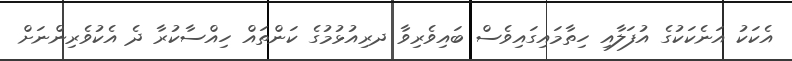
އެކަކު އަނެކަކުގެ އުފަލާއި ހިތާމައިގައިވެސް ބައިވެރިވާ ދރިއުޅުމުގެ ކަންތައް ހިއްސާކުރާ ދެ އެކުވެރިންނަށް